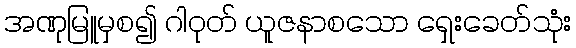
အဏုမြူမှစ၍ ဂါဝုတ် ယူဇနာစသော ရှေးခေတ်သုံး